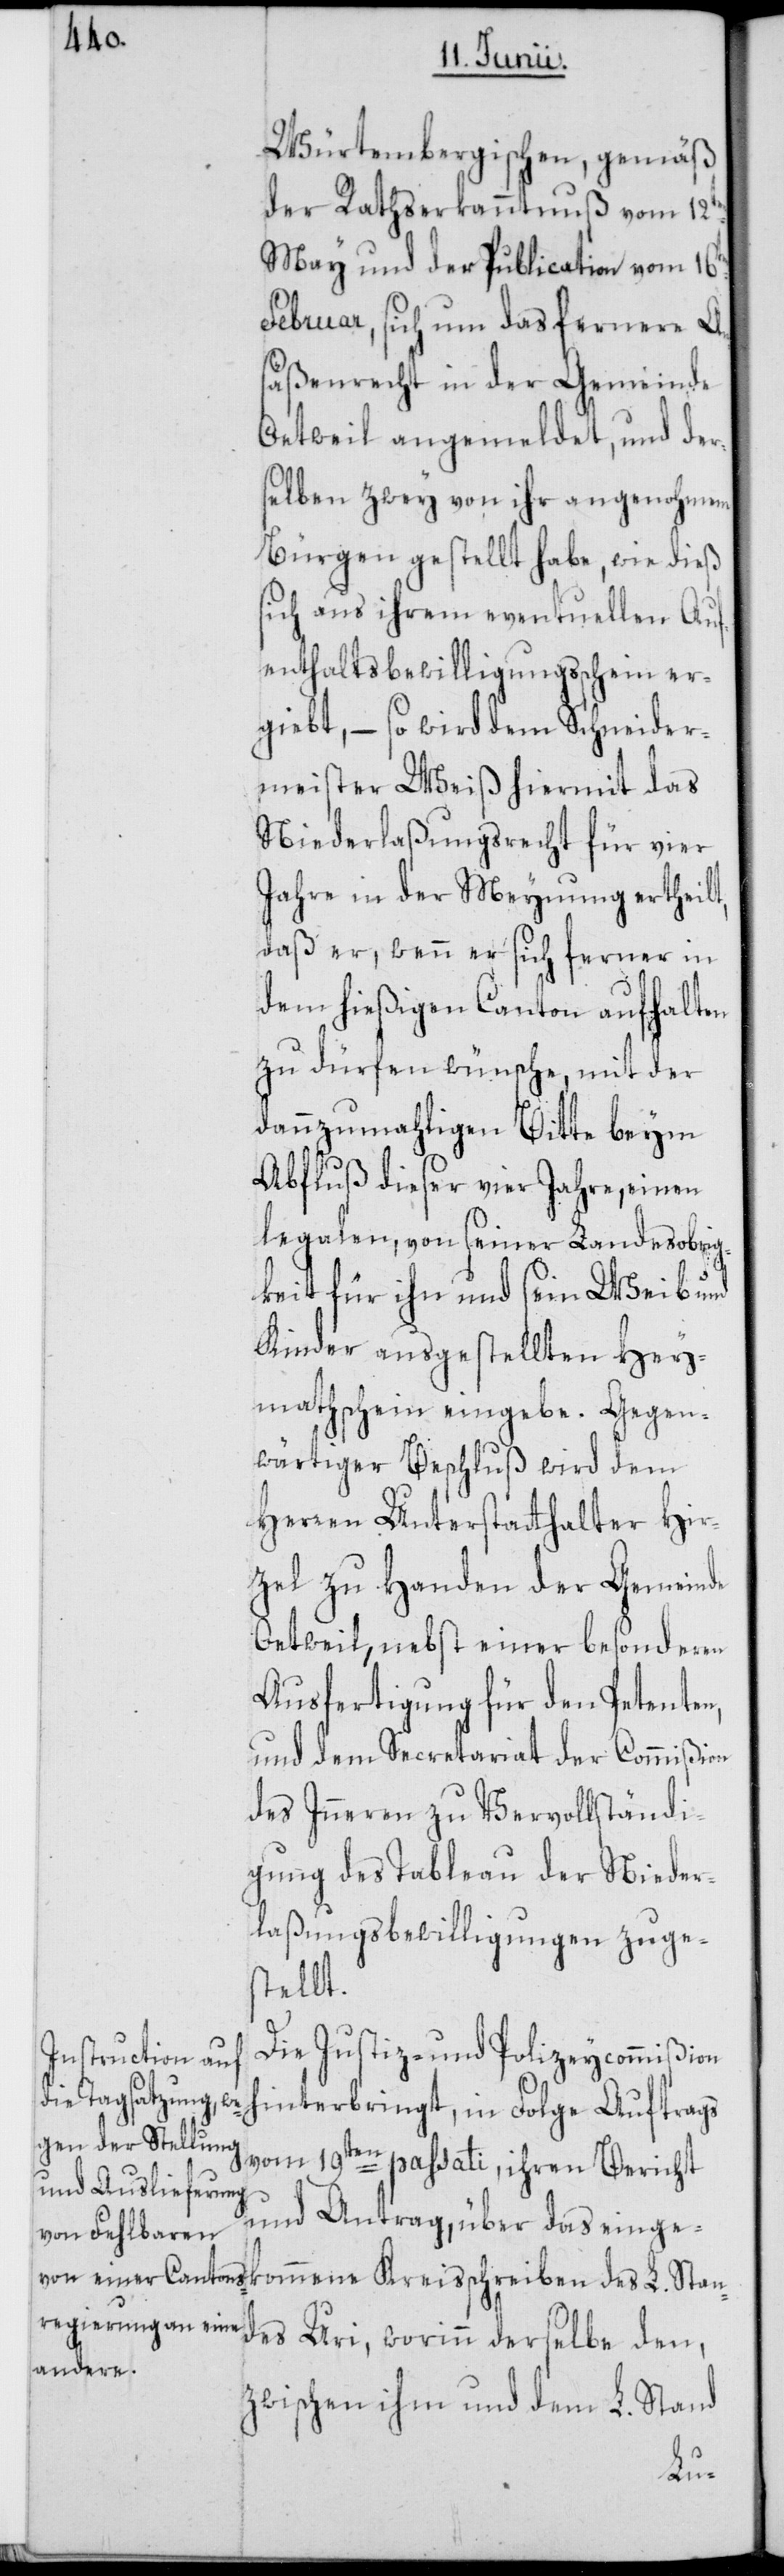
Würtembergischen, gemäß
der Rathserkanntnuß vom 12ten
May und der Publication vom
Februar, sich um das fernere An¬
säßenrecht in der Gemeinde
Oetweil angemeldet, und der¬
selben zwey von ihr angenohmene
Bürgen gestellt habe, wie dieß
sich aus ihrem eventuellen Auf¬
enthaltsbewilligungsschein er¬
giebt, – so wird dem Schneider¬
meister Weiß hiermit das
Niederlaßungsrecht für vier
Jahre in der Meynung ertheilt,
daß er, wenn er sich ferner in
dem hießigen Canton aufhalten
zu dürfen wünsche, mit der
dannzumahligen Bitte beym
Abfluß dieser vier Jahre, einen
legalen, von seiner Landesobrig¬
keit für ihn und sein Weib und
Kinder ausgestellten Hey¬
mathschein eingebe. Gegen¬
wärtiger Beschluß wird dem
Herren Unterstatthalter Hir¬
zel zu Handen der Gemeinde
Oetweil, nebst einer besonderen
Ausfertigung für den Petenten,
und dem Secretariat der Commißion
des Inneren zu Vervollständi¬
gung des Tableau der Nieder¬
laßungsbewilligungen zuge¬
stellt.
Die Justiz- und Polizeycommißion
hinterbringt, in Folge Auftrags
vom 19ten passati, ihren Bericht
und Antrag, über das einge¬
des Uri, worinn derselbe den,
zwischen ihm und dem L. Stand
Stan¬